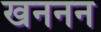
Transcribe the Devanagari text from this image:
खननन